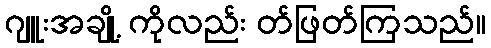
ဂျူးအချို့ ကိုလည်း တ်ဖြတ်ကြသည်။